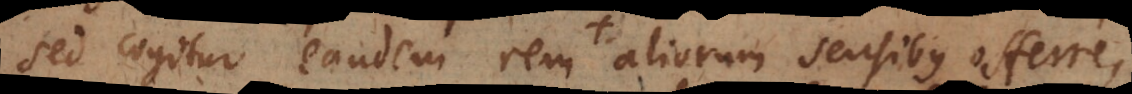
sed cogitur eandem rem aliorum sensibus offerre,